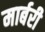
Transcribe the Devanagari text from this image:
मार्बरी